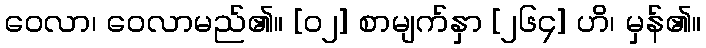
ဝေလာ၊ ဝေလာမည်၏။ [၀၂] စာမျက်နှာ [၂၆၄] ဟိ၊ မှန်၏။